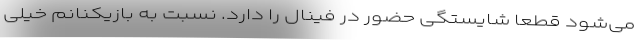
می‌شود قطعا شایستگی حضور در فینال را دارد. نسبت به بازیکنانم خیلی